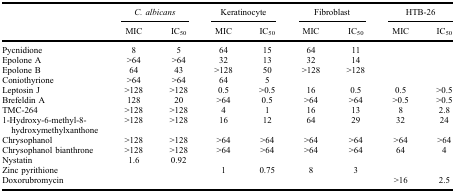
|  | <COLSPAN=2> C. albicans | <COLSPAN=2> Keratinocyte | <COLSPAN=2> Fibroblast | <COLSPAN=2> HTB-26 |
 |  | MIC | IC50 | MIC | IC50 | MIC | IC50 | MIC | IC50 |
 | --- | --- | --- | --- | --- | --- | --- | --- | --- |
 | Pycnidione | 8 | 5 | 64 | 15 | 64 | 11 |  |  |
 | Epolone A | >64 | >64 | 32 | 13 | 32 | 14 |  |  |
 | Epolone B | 64 | 43 | >128 | 50 | >128 | >128 |  |  |
 | Coniothyrione | >64 | >64 | 64 | 5 |  |  |  |  |
 | Leptosin J | >128 | >128 | 0.5 | >0.5 | 16 | 0.5 | 0.5 | >0.5 |
 | Brefeldin A | 128 | 20 | >64 | 0.5 | >64 | >64 | >0.5 | >0.5 |
 | TMC-264 | >128 | >128 | 4 | 1 | 16 | 13 | 8 | 2.8 |
 | 1-Hydroxy-6-methyl-8-hydroxymethylxanthone | >128 | >128 | 16 | 12 | 64 | 29 | 32 | 24 |
 | Chrysophanol | >128 | >128 | >64 | >64 | >64 | >64 | >64 | >64 |
 | Chrysophanol bianthrone | >128 | >128 | >64 | >64 | >64 | >64 | 64 | 4 |
 | Nystatin | 1.6 | 0.92 |  |  |  |  |  |  |
 | Zinc pyrithione |  |  | 1 | 0.75 | 8 | 3 |  |  |
 | Doxorubromycin |  |  |  |  |  |  | >16 | 2.5 |